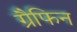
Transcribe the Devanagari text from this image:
ग्रैफिन